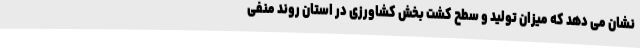
نشان می دهد که میزان تولید و سطح کشت بخش کشاورزی در استان روند منفی